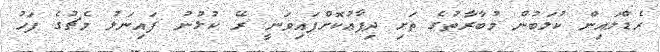
ރެޑްލައިން ކުލަބުން މުބާރާތުގެ ތަށި ދިފާޢުކޮށްފައިވަނީ ރޭ ކުޅުނު ފައިނަލު މެޗުގެ ފަހު